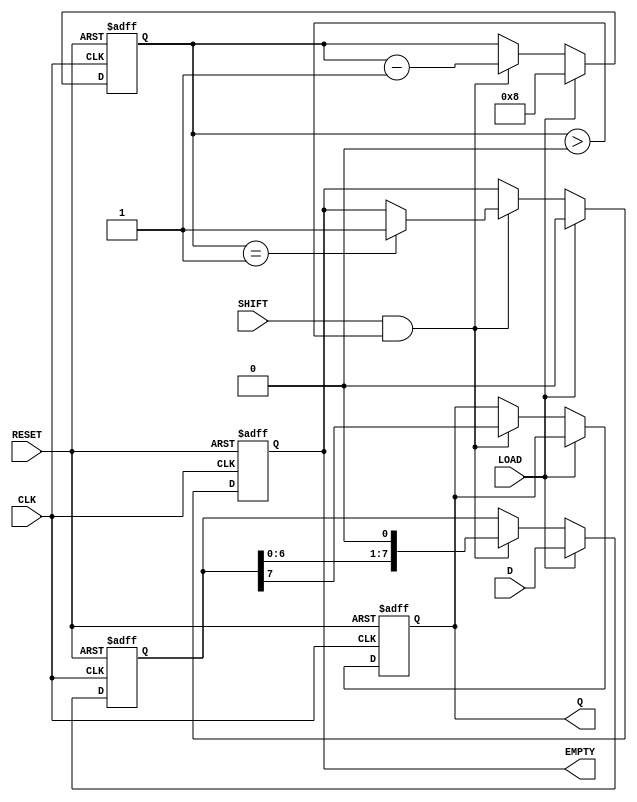
module PISO_Register #(
    parameter WIDTH = 8  // Specify the width of the register
)(
    input wire [WIDTH-1:0] D,      // Parallel data input
    input wire LOAD,                // Load control signal
    input wire SHIFT,               // Shift control signal
    input wire CLK,                 // Clock signal
    input wire RESET,               // Asynchronous reset signal
    output reg Q,                   // Serial output
    output reg EMPTY                // Indicates when data is empty
);

    reg [WIDTH-1:0] shift_reg;      // Shift register to hold parallel data
    reg [3:0] count;                // Counter to track the number of bits shifted out

    always @(posedge CLK or posedge RESET) begin
        if (RESET) begin
            // Clear the shift register and output on reset
            shift_reg <= {WIDTH{1'b0}};
            Q <= 1'b0;
            EMPTY <= 1'b1;          // Register is empty after reset
            count <= 0;
        end else begin
            if (LOAD) begin
                // Load parallel data into the shift register
                shift_reg <= D;
                count <= WIDTH;      // Set count to WIDTH as we have loaded the data
                EMPTY <= 1'b0;       // The register now has data
            end else if (SHIFT && count > 0) begin
                // Shift data out serially
                Q <= shift_reg[WIDTH-1];  // Output the MSB
                shift_reg <= {shift_reg[WIDTH-2:0], 1'b0};  // Shift left
                count <= count - 1;      // Decrement the count
                if (count == 1) begin
                    EMPTY <= 1'b1;       // Set EMPTY signal when last bit is shifted out
                end
            end
        end
    end
endmodule